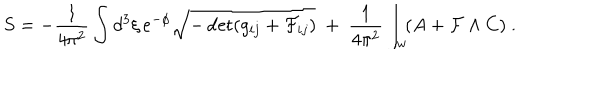
S = - { \frac { 1 } { 4 \pi ^ { 2 } } } \int d ^ { 3 } \xi \, e ^ { - \phi } \sqrt { - \det ( g _ { i j } + { \cal F } _ { i j } ) } \ + \ { \frac { 1 } { 4 \pi ^ { 2 } } } \int _ { w } \! ( A + { \cal F } \wedge C ) \ .